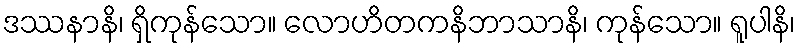
ဒဿနာနိ၊ ရှိကုန်သော။ လောဟိတကနိဘာသာနိ၊ ကုန်သော။ ရူပါနိ၊